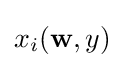
x_{i}(\mathbf {w} ,y)